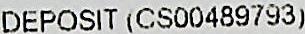
DEPOSIT (CS00489793)